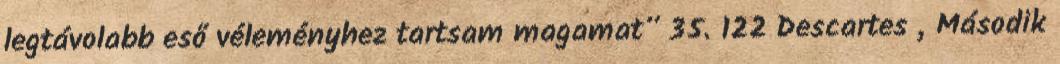
legtávolabb eső véleményhez tartsam magamat” 35. 122 Descartes „Második